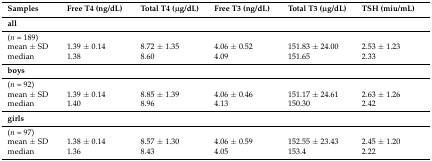
<table><thead><tr><td><b>Samples</b></td><td><b>Free T4 (ng/dL)</b></td><td><b>Total T4 (μg/dL)</b></td><td><b>Free T3 (ng/dL)</b></td><td><b>Total T3 (μg/dL)</b></td><td><b>TSH (miu/mL)</b></td></tr></thead><tbody><tr><td><b>all</b></td><td></td><td></td><td></td><td></td><td></td></tr><tr><td>(<i>n</i> = 189)</td><td></td><td></td><td></td><td></td><td></td></tr><tr><td>mean ± SD</td><td>1.39 ± 0.14</td><td>8.72 ± 1.35</td><td>4.06 ± 0.52</td><td>151.83 ± 24.00</td><td>2.53 ± 1.23</td></tr><tr><td>median</td><td>1.38</td><td>8.60</td><td>4.09</td><td>151.65</td><td>2.33</td></tr><tr><td><b>boys</b></td><td></td><td></td><td></td><td></td><td></td></tr><tr><td>(<i>n</i> = 92)</td><td></td><td></td><td></td><td></td><td></td></tr><tr><td>mean ± SD</td><td>1.39 ± 0.14</td><td>8.85 ± 1.39</td><td>4.06 ± 0.46</td><td>151.17 ± 24.61</td><td>2.63 ± 1.26</td></tr><tr><td>median</td><td>1.40</td><td>8.96</td><td>4.13</td><td>150.30</td><td>2.42</td></tr><tr><td><b>girls</b></td><td></td><td></td><td></td><td></td><td></td></tr><tr><td>(<i>n</i> = 97)</td><td></td><td></td><td></td><td></td><td></td></tr><tr><td>mean ± SD</td><td>1.38 ± 0.14</td><td>8.57 ± 1.30</td><td>4.06 ± 0.59</td><td>152.55 ± 23.43</td><td>2.45 ± 1.20</td></tr><tr><td>median</td><td>1.36</td><td>8.43</td><td>4.05</td><td>153.4</td><td>2.22</td></tr></tbody></table>